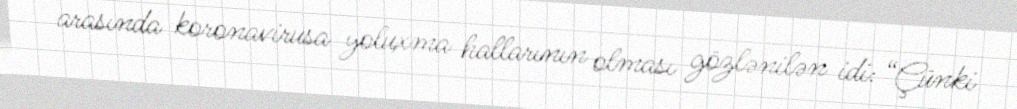
arasında koronavirusa yoluxma hallarının olması gözlənilən idi: “Çünki